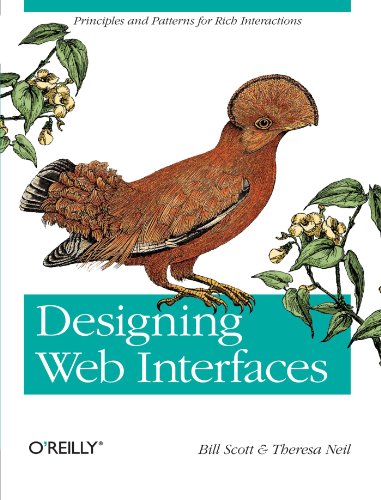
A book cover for Designing Web Interfaces: Principles and Patterns for Rich Interactions; Bill Scott; Computers & Technology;